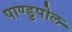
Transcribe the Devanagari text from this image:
पाण्डुपोल